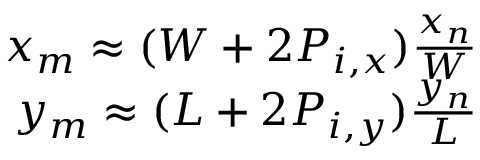
\begin{array} { r } { x _ { m } \approx ( W + 2 P _ { i , x } ) \frac { x _ { n } } { W } } \\ { y _ { m } \approx ( L + 2 P _ { i , y } ) \frac { y _ { n } } { L } } \end{array}